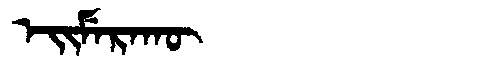
Manchu: ᡝᡳᠮᡝᡵᠠᡴᡡ
Romanization: EIMERAKŪ